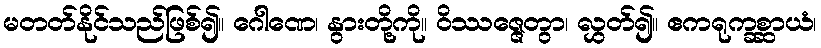
မတတ်နိုင်သည်ဖြစ်၍။ ဂေါဏေ၊ နွားတို့ကို။ ဝိဿဇ္ဇေတွာ၊ လွှတ်၍။ ဧကရုက္ခစ္ဆာယံ၊